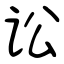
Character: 讼